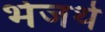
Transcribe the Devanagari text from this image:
भेजथे